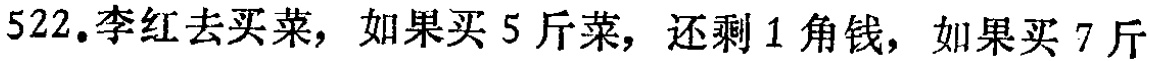
522.李红去买菜，如果买5斤菜，还剩1角钱，如果买7斤